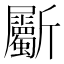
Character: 斸